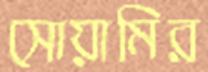
সোয়ামির